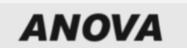
ANOVA